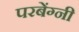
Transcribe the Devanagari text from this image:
परबेंग्नी